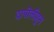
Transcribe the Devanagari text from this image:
दापोलीहून